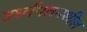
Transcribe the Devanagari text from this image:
उर्ध्वपतनशील